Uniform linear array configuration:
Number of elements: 48
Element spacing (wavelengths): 0.25
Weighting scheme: kaiser
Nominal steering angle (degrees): -60
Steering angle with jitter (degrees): -60.791
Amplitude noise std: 0.05
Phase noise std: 0.05

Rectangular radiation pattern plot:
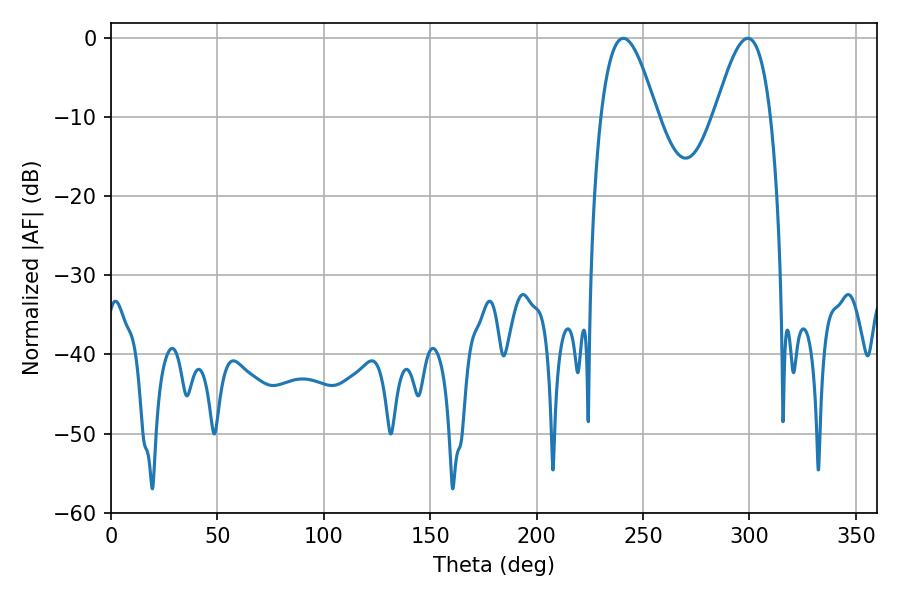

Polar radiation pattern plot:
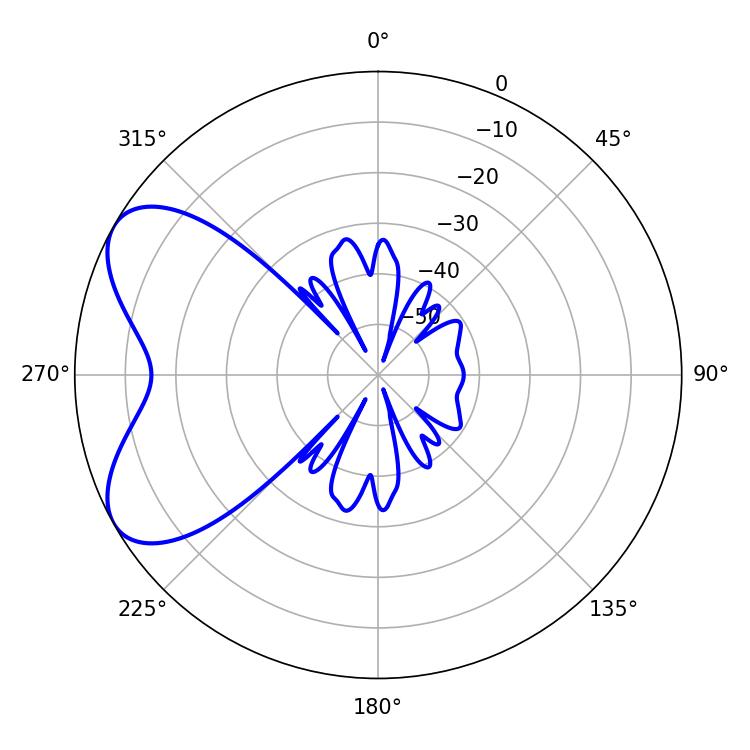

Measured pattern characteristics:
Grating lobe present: FALSE
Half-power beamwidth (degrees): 14.22
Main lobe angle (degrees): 240.66